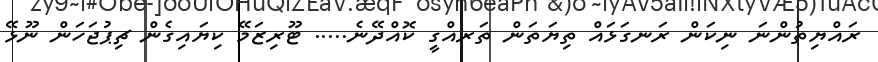
ރައްޔިތުންނަ ނިކަން ރަނގަޅައް ތިޔަތަން ތަރއްގީ ކޮއްދޭނެ..... ޓޫރިޒަމޭ ކިޔައިގެން ޗިޕުޖަހަން ނޫޅޭ